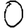
Digit: 0